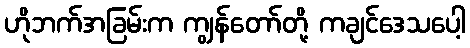
ဟိုဘက်အခြမ်းက ကျွန်တော်တို့ ကချင်ဒေသပေါ့